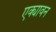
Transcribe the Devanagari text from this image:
एक्यावन